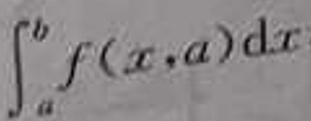
\[
\int_{a}^{b} f(x,a) \mathrm{d}x
\]